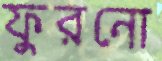
ফুরনো